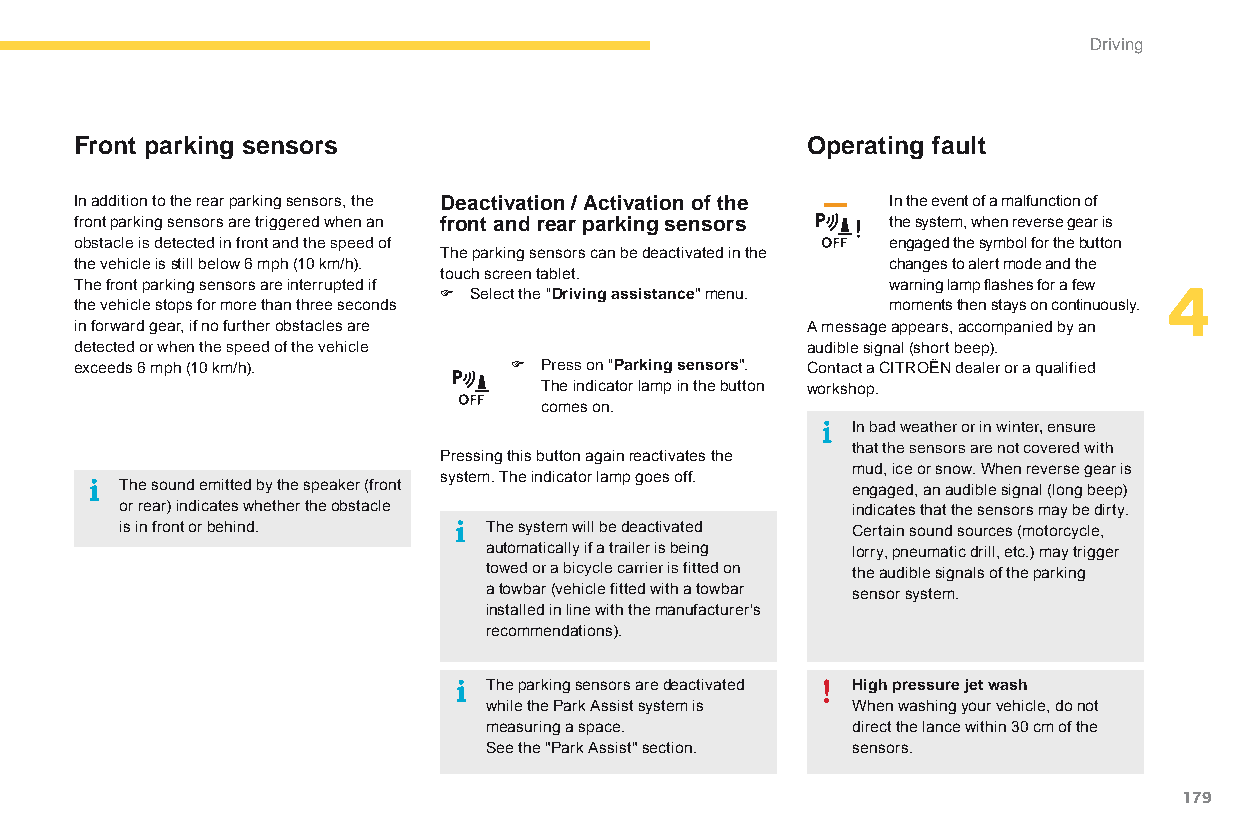
Driving
 Front parking sensors                           Operating fault
 In addition to the rear parking sensors, the Deactivation / Activation of the In the event of a malfunction of
 front parking sensors are triggered when an front and rear parking sensors the system, when reverse gear is
 obstacle is detected in front and the speed of        engaged the symbol for the button
 The parking sensors can be deactivated in the
 the vehicle is still below 6 mph (10 km/h).           changes to alert mode and the
 touch screen tablet.
 The front parking sensors are interrupted if F Select the "Driving assistance" menu. warning lamp flashes for a few 4
 the vehicle stops for more than three seconds         moments then stays on continuously.
 in forward gear, if no further obstacles are    A message appears, accompanied by an
 detected or when the speed of the vehicle       audible signal (short beep).
 exceeds 6 mph (10 km/h).     F Press on "Parking sensors". Contact a CITRoËn dealer or a qualified
 The indicator lamp in the button workshop.
 comes on.
 In bad weather or in winter, ensure
 that the sensors are not covered with
 Pressing this button again reactivates the
 mud, ice or snow. When reverse gear is
 system. The indicator lamp goes off.
 The sound emitted by the speaker (front         engaged, an audible signal (long beep)
 or rear) indicates whether the obstacle         indicates that the sensors may be dirty.
 is in front or behind.  The system will be deactivated Certain sound sources (motorcycle,
 automatically if a trailer is being lorry, pneumatic drill, etc.) may trigger
 towed or a bicycle carrier is fitted on the audible signals of the parking
 a towbar (vehicle fitted with a towbar sensor system.
 installed in line with the manufacturer's
 recommendations).
 The parking sensors are deactivated High pressure jet wash
 while the Park Assist system is When washing your vehicle, do not
 measuring a space.      direct the lance within 30 cm of the
 See the "Park Assist" section. sensors.
 179
 C4-Picasso-II_en_Chap04_conduite_ed01-2015